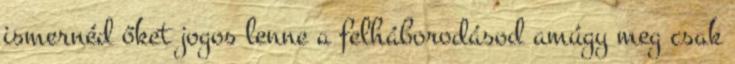
ismernéd őket jogos lenne a felháborodásod amúgy meg csak